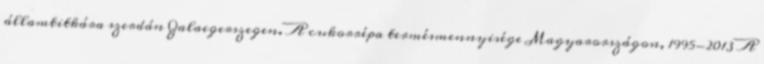
államtitkára szerdán Zalaegerszegen. A cukorrépa termésmennyisége Magyarországon, 1995-2013 A